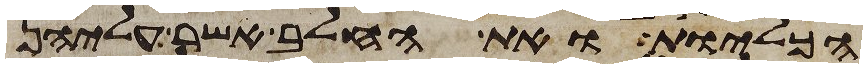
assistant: הכליות ואת החלב אשר עליהן